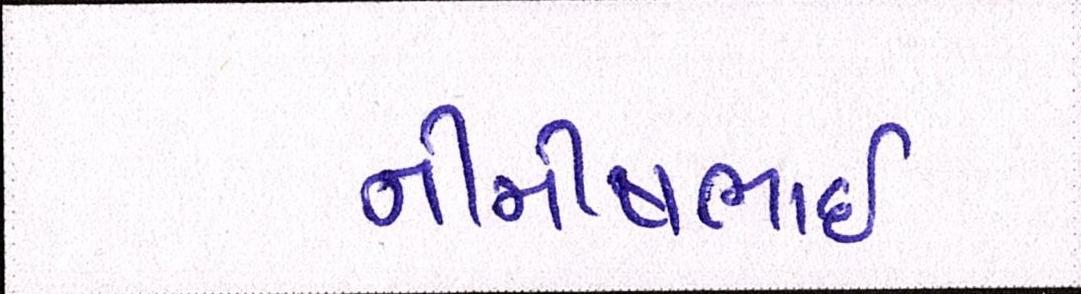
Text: નીમીષભાઈ